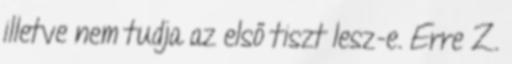
illetve nem tudja az első tiszt lesz-e. Erre Z.